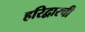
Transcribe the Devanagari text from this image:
हरिद्वारची